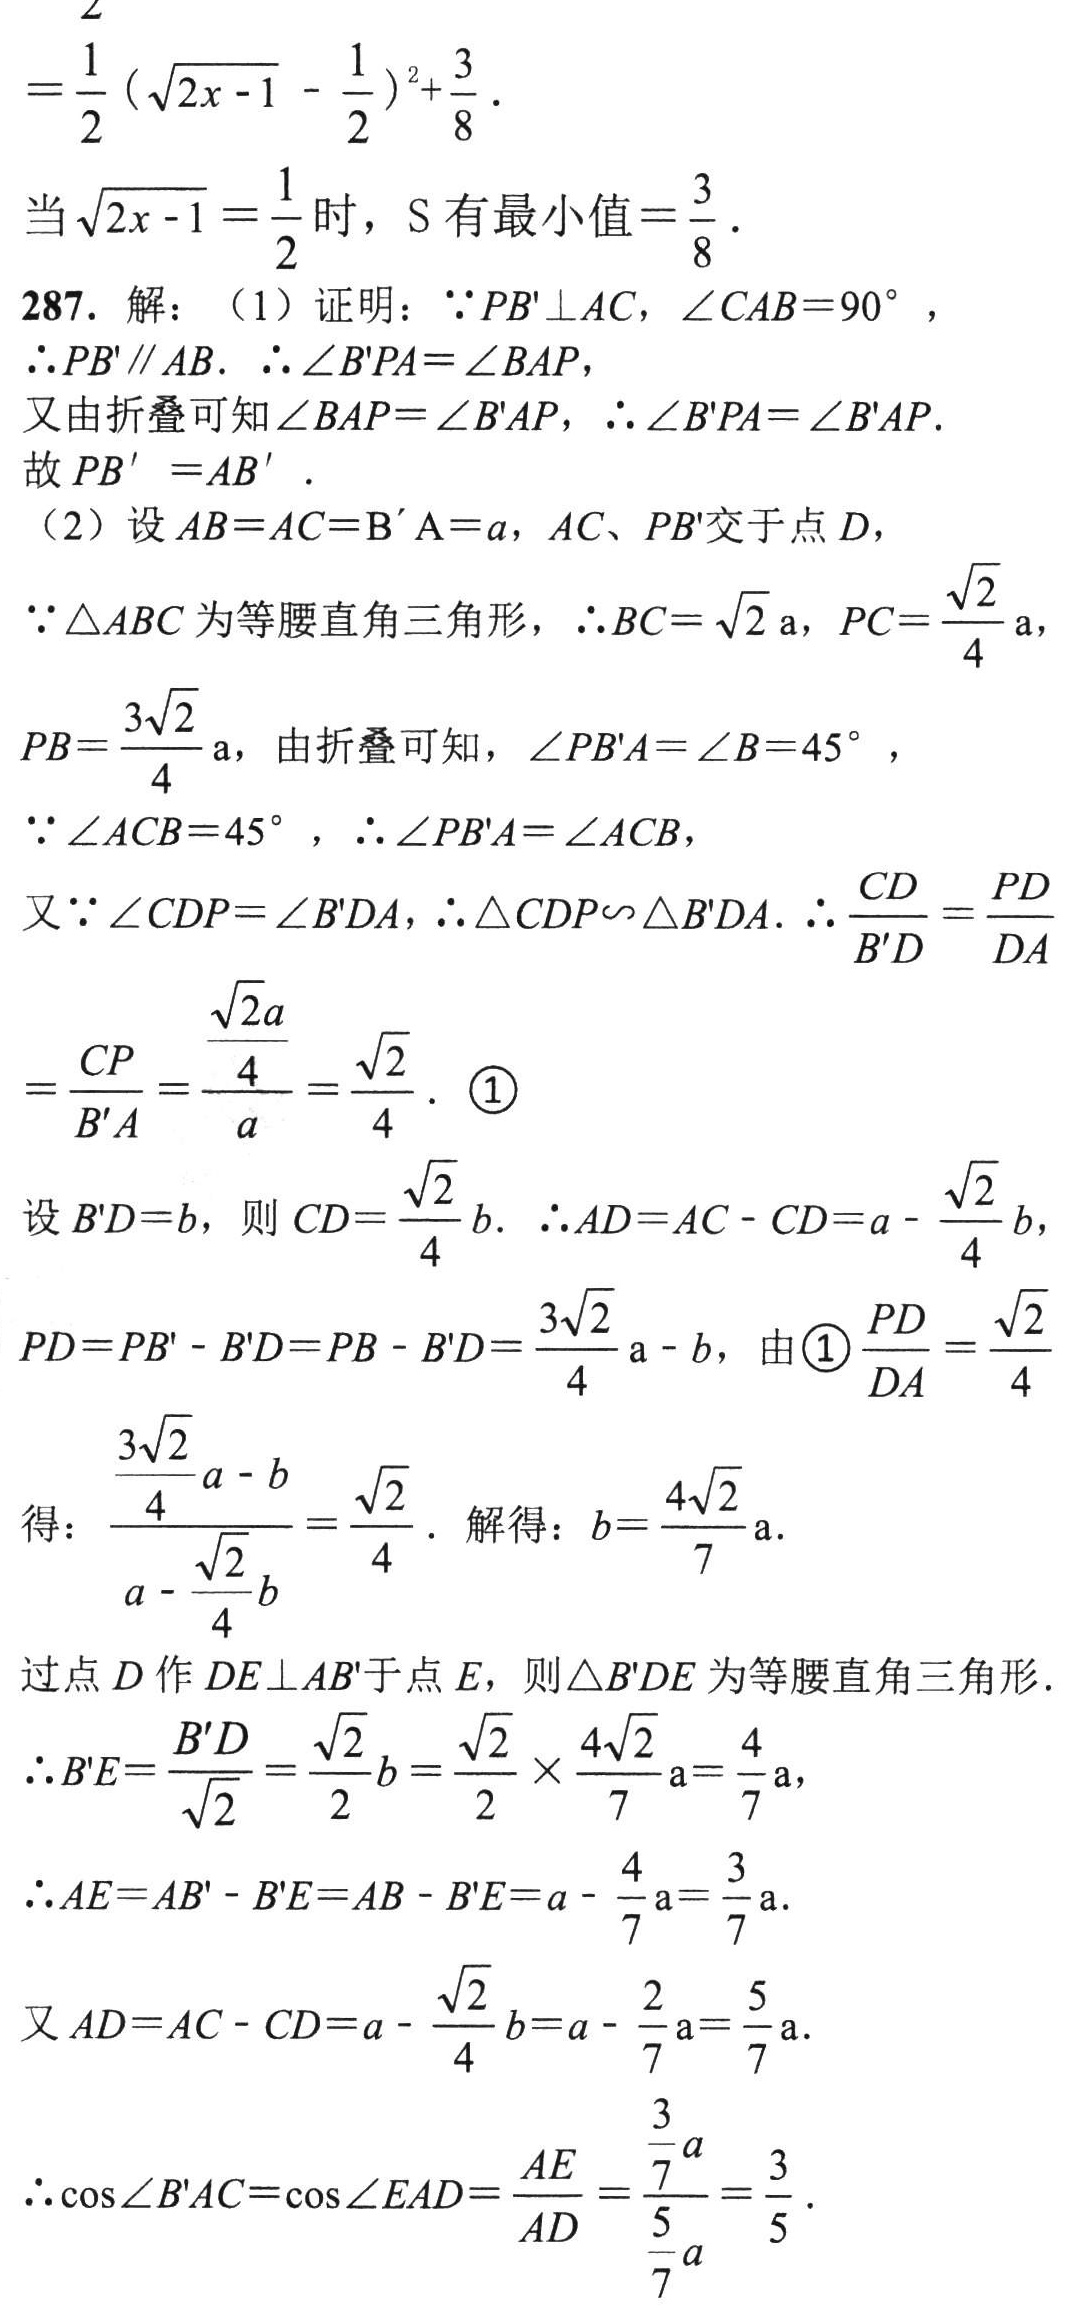
\begin{align*}

&=\frac{1}{2}(\sqrt{2x - 1}-\frac{1}{2})^2+\frac{3}{8}.\\

\end{align*}

当\(\sqrt{2x - 1}=\frac{1}{2}\)时，\(S\)有最小值\(=\frac{3}{8}\)。

287. 解：（1）证明：\(\because PB'\perp AC\)，\(\angle CAB = 90^{\circ}\)，

\(\therefore PB'\parallel AB\). \(\therefore \angle B'PA=\angle BAP\)，

又由折叠可知\(\angle BAP=\angle B'AP\)，\(\therefore \angle B'PA=\angle B'AP\).

故\(PB' = AB'\)。

（2）设\(AB = AC = B'A = a\)，\(AC\)、\(PB'\)交于点\(D\)，

\(\because\triangle ABC\)为等腰直角三角形，\(\therefore BC=\sqrt{2}a\)，\(PC=\frac{\sqrt{2}}{4}a\)，

\(PB=\frac{3\sqrt{2}}{4}a\)，由折叠可知，\(\angle PB'A=\angle B = 45^{\circ}\)，

\(\because \angle ACB = 45^{\circ}\)，\(\therefore \angle PB'A=\angle ACB\)，

又\(\because \angle CDP=\angle B'DA\)，\(\therefore\triangle CDP\sim\triangle B'DA\). \(\therefore\frac{CD}{B'D}=\frac{PD}{DA}\)

\(=\frac{CP}{B'A}=\frac{\frac{\sqrt{2}a}{4}}{a}=\frac{\sqrt{2}}{4}\). \textcircled{1}

设\(B'D = b\)，则\(CD=\frac{\sqrt{2}}{4}b\). \(\therefore AD = AC - CD=a-\frac{\sqrt{2}}{4}b\)，

\(PD = PB' - B'D = PB - B'D=\frac{3\sqrt{2}}{4}a - b\)，由\textcircled{1}\(\frac{PD}{DA}=\frac{\sqrt{2}}{4}\)

得：\(\frac{\frac{3\sqrt{2}}{4}a - b}{a-\frac{\sqrt{2}}{4}b}=\frac{\sqrt{2}}{4}\). 解得：\(b = \frac{4\sqrt{2}}{7}a\).

过点\(D\)作\(DE\perp AB'\)于点\(E\)，则\(\triangle B'DE\)为等腰直角三角形.

\(\therefore B'E=\frac{B'D}{\sqrt{2}}=\frac{\sqrt{2}}{2}b=\frac{\sqrt{2}}{2}\times\frac{4\sqrt{2}}{7}a=\frac{4}{7}a\)，

\(\therefore AE = AB' - B'E = AB - B'E=a-\frac{4}{7}a=\frac{3}{7}a\).

又\(AD = AC - CD=a-\frac{\sqrt{2}}{4}b=a-\frac{2}{7}a=\frac{5}{7}a\).

\(\therefore\cos\angle B'AC=\cos\angle EAD=\frac{AE}{AD}=\frac{\frac{3}{7}a}{\frac{5}{7}a}=\frac{3}{5}\).